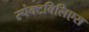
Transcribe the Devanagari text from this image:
स्पेक्टबिलिएस